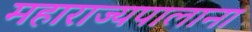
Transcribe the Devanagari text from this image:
महाराज्यपालाना